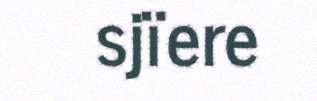
sjïere